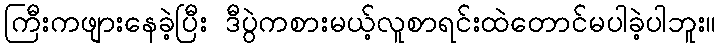
ကြီးကဖျားနေခဲ့ပြီး ဒီပွဲကစားမယ့်လူစာရင်းထဲတောင်မပါခဲ့ပါဘူး။